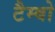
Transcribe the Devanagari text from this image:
टैम्बो